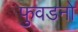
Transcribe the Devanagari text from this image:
फुवडनो